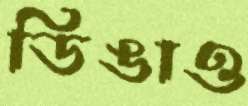
ডিঙাও